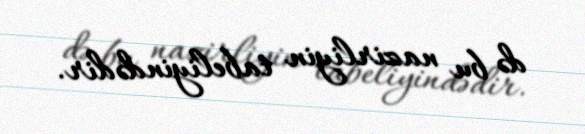
də bu nazirliyin tabeliyindədir.